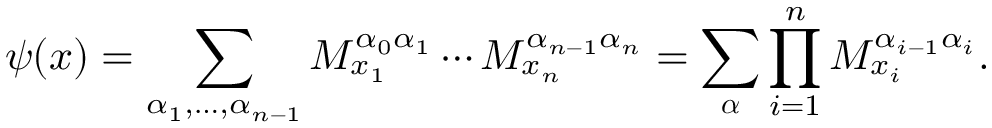
\psi ( \boldsymbol { x } ) = \sum _ { \alpha _ { 1 } , \dots , \alpha _ { n - 1 } } M _ { x _ { 1 } } ^ { \alpha _ { 0 } \alpha _ { 1 } } \cdots M _ { x _ { n } } ^ { \alpha _ { n - 1 } \alpha _ { n } } = \sum _ { \boldsymbol { \alpha } } \prod _ { i = 1 } ^ { n } M _ { x _ { i } } ^ { \alpha _ { i - 1 } \alpha _ { i } } .